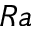
R a